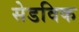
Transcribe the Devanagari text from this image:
सेडविक